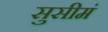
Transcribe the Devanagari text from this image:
सुसीमं